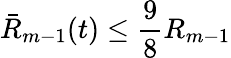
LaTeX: \bar{R}_{m-1}(t)\leq\frac 98R_{m-1}